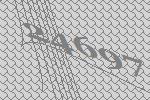
24697